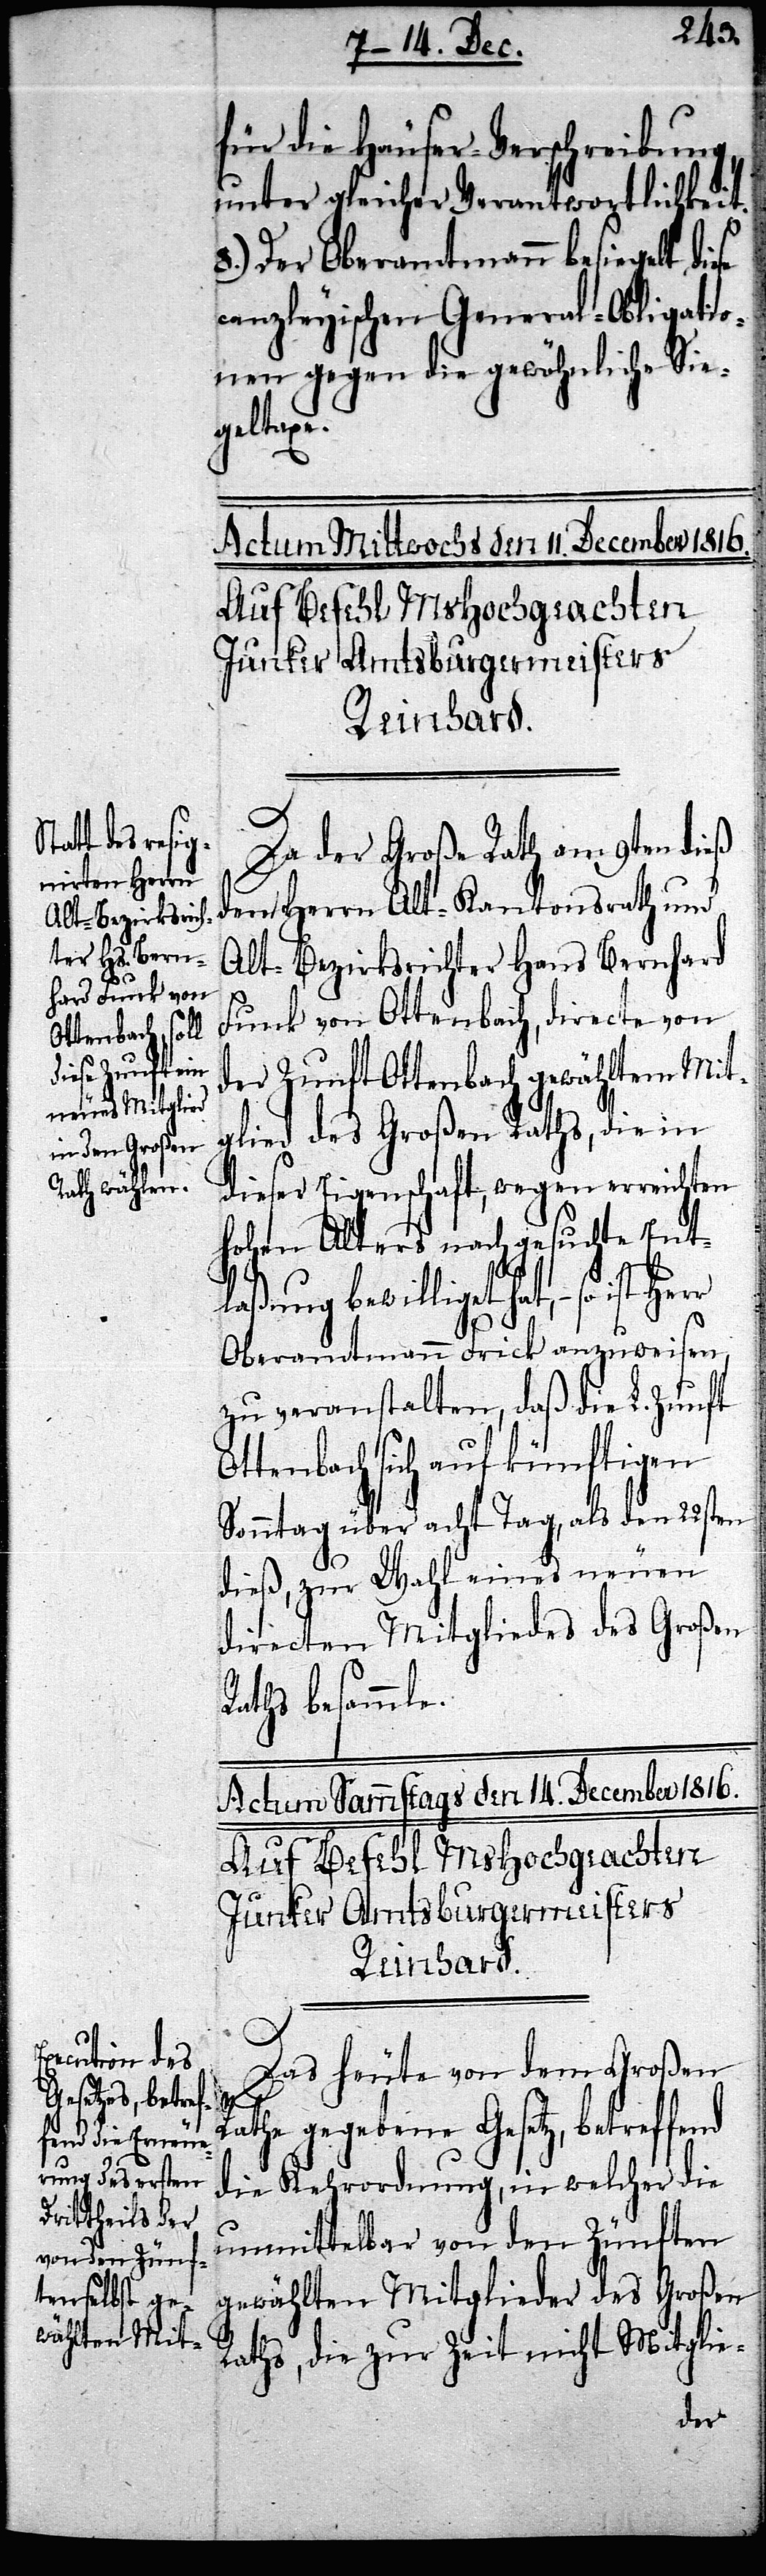
für die Häuser-Verschreibung,
unter gleicher Verantwortlichkeit.
8.) Der Oberamtmann besiegelt,
canzleyische General-Obligatio¬
nen gegen die gewöhnliche Sie¬
geltaxe.
Actum Mittwochs den 11. December 1816.
Auf Befehl MHochgeachten
Junker Amtsburgermeisters
Reinhard.
Da der Große Rath am 9ten dieß
dem Herrn Alt-Kantonsrath und
Alt-Bezirksrichter Hans Bernhard
Funk von Ottenbach, directe von
der Zunft Ottenbach gewähltem Mit¬
glied des Großen Raths, die in
dieser Eigenschaft, wegen erreichten
hohen Alters nachgesuchte Ent¬
laßung bewilliget hat, – so is¬
nd
Oberamtmann Frick anzuweisen,
zu veranstalten, daß die L. Zunft
Ottenbach sich auf künftigen
Sonntag über acht Tag, als den 22sten
dieß, zur Wahl eines neuen
directen Mitgliedes des Großen
Raths besammle.
Actum Sammstags den 14. December 1816.
Auf Befehl MHochgeachten
Amtsburgermeisters
Reinhard.
Das heute von dem Großen
Rathe gegebene Gesetz, betreffe¬
die Kehrordnung, in welcher die
unmittelbar von den Zünften
gewählten Mitglieder des Großen
Raths, die zur Zeit nicht Mitglie-